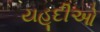
યહૂદીઓ